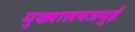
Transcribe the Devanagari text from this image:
मुख्यालयजमुई